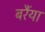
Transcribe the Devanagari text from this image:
बर्रैया